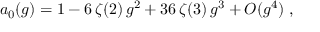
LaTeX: a _ { 0 } ( g ) = 1 - 6 \, \zeta ( 2 ) \, g ^ { 2 } + 3 6 \, \zeta ( 3 ) \, g ^ { 3 } + O ( g ^ { 4 } ) \; ,